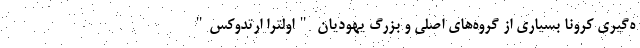
ه‌گیری کرونا بسیاری از گروه‌های اصلی و بزرگ یهودیان "اولترا ارتدوکس"